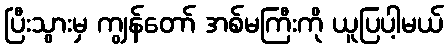
ပြီးသွားမှ ကျွန်တော် အစ်မကြီးကို ယူပြပါ့မယ်